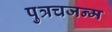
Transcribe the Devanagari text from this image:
पुत्रचजन्म